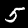
Label: 5